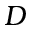
D